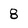
Character: 8